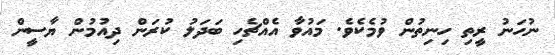
ނުހަނު ރީތި ހިނިތުން ވުމެކެވެ. މައުވާ އެއްޗެހި ބަދަލު ކުރަން ދިއުމުން ޔާސީން